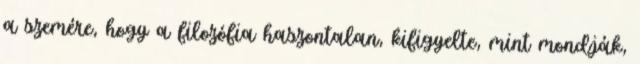
a szemére, hogy a filozófia haszontalan, kifigyelte, mint mondják,